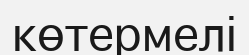
көтермелі